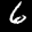
Label: 6